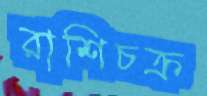
রাশিচক্র